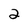
Character: 2